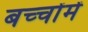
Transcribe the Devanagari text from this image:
बच्‍चोंमें